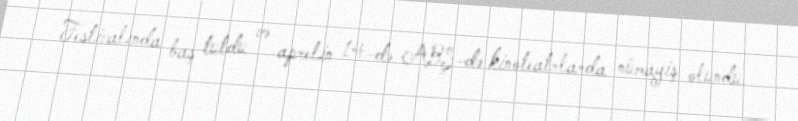
Festivalında baş tutdu və aprelin 14-də ABŞ-də kinoteatrlarda nümayiş olundu.